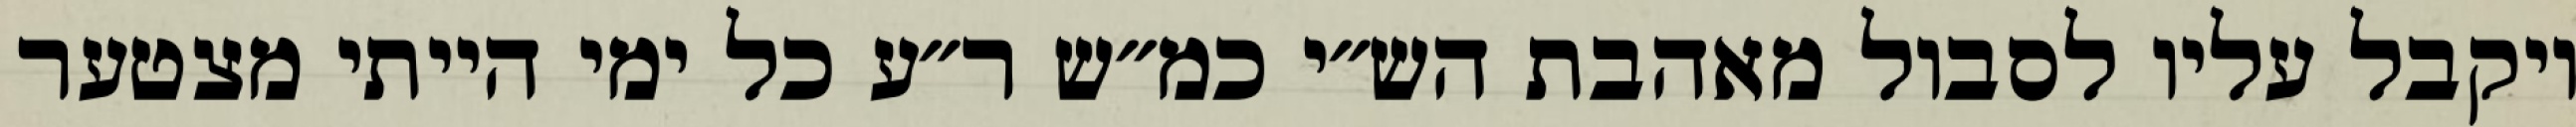
ויקבל עליו לסבול מאהבת הש״י כמ״ש ר״ע כל ימי הייתי מצטער